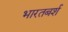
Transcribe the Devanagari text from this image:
भारतबर्श